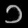
Digit: ၁